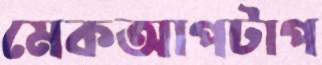
মেকআপটাপ